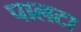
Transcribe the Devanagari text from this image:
पालटा